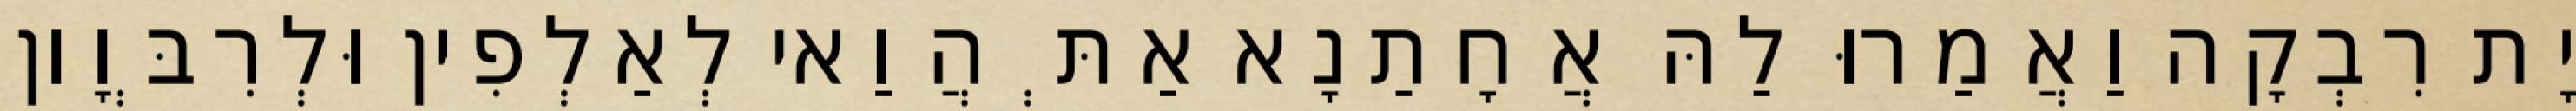
יָת רִבְקָה וַאֲמַרוּ לַהּ אֲחָתַנָא אַתְּ הֲוַאי לְאַלְפִין וּלְרִבְּוָון